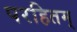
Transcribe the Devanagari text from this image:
परहितम्